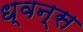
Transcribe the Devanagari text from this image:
ध्वन्स